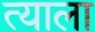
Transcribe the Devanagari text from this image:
त्‍याला